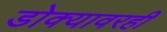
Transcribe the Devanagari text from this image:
डोक्यावरही